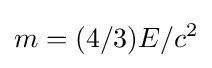
m=(4/3)E/c^{2}